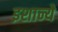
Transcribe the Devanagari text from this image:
इशान्ये